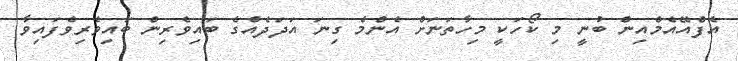
އެފްއޭއެމްއިން ބުނީ މި ކޯހަކީ މިހާތަނަށް އެންމެ ގިނަ އަދަދެއްގެ ބައިވެރިން ބައިވެރިވެފައިވާ